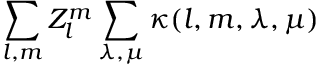
\sum _ { l , m } Z _ { l } ^ { m } \sum _ { \lambda , \mu } \kappa ( l , m , \lambda , \mu )